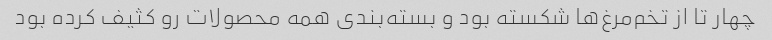
چهار تا از تخم‌مرغ‌ها شکسته بود و بسته‌بندی همه محصولات رو کثیف کرده بود